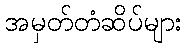
အမှတ်တံဆိပ်များ